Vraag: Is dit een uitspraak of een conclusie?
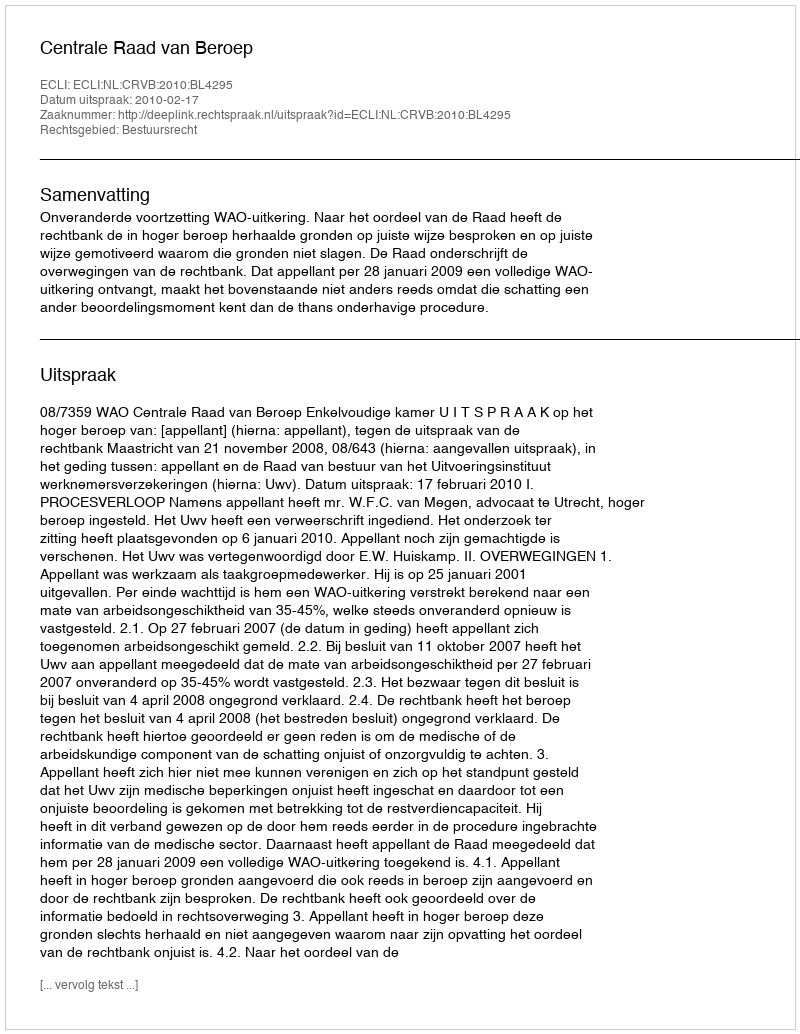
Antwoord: Uitspraak